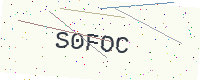
Text: S0FOC